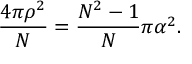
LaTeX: \frac { 4 \pi \rho ^ { 2 } } { N } = \frac { N ^ { 2 } - 1 } { N } \pi \alpha ^ { 2 } .